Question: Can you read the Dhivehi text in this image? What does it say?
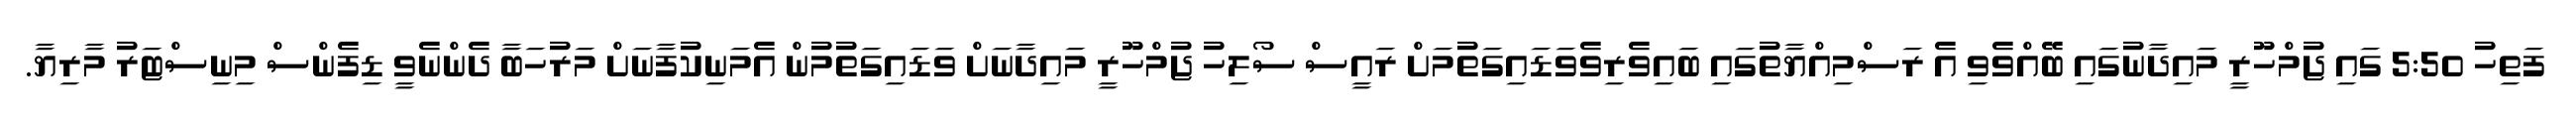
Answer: ފަތިހު 5:50 ގައި ޖުމްހޫރީ މައިދާނުގައި ބޭއްވެވި އެ ރަސްމިއްޔާތުގައި ބައިވެރިވެވަޑައިގަތުމަށް ރައީސް ސޯލިހު ޖުމްހޫރީ މައިދާނަށް ވަޑައިގަތުމުން އެމަނިކުފާނަށް މަރުހަބާ ދެންނެވީ ޑިފެންސް މިނިސްޓަރު މާރިޔާ.